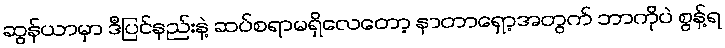
ဆွန်ယာမှာ ဒီပြင်နည်းနဲ့ ဆပ်စရာမရှိလေတော့ နာတာရှော့အတွက် ဘာကိုပဲ စွန့်ရ